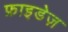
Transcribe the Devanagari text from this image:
फ्राइडेज़